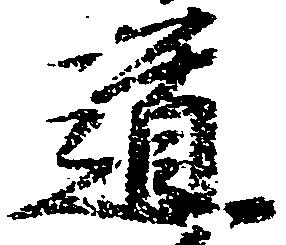
道